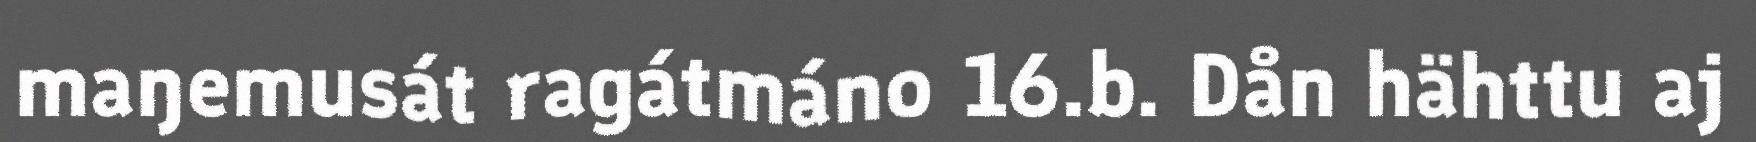
maŋemusát ragátmáno 16.b. Dån hähttu aj